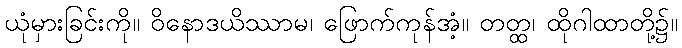
ယုံမှားခြင်းကို။ ဝိနောဒယိဿာမ၊ ဖြောက်ကုန်အံ့။ တတ္ထ၊ ထိုဂါထာတို့၌။